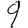
Digit: 9